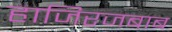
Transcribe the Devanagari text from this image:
हाजिरजबाब